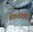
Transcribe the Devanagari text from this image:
बेकलाईट